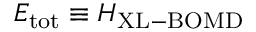
E _ { \mathrm { t o t } } \equiv { \cal H } _ { \mathrm { X L - B O M D } }